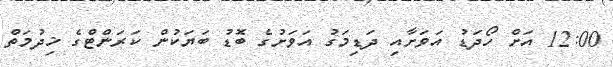
12:00 އަށް ހޯދަޑު އަވަށާއި ދަޑިމަގު އަވަށުގެ ބޮޑު ބަޔަކުން ކަރަންޓްގެ ޚިދުމަތް